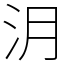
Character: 㳉